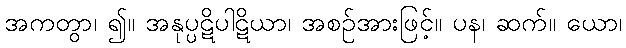
အကတွာ၊ ၍။ အနုပ္ပဋိပါဋိယာ၊ အစဉ်အားဖြင့်။ ပန၊ ဆက်။ ယော၊